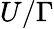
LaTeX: U/\Gamma